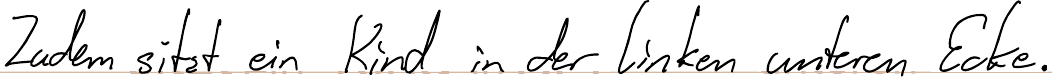
Zudem sitzt ein Kind in der linken unteren Ecke.